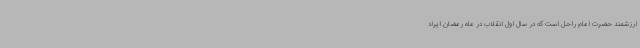
ارزشمند حضرت امام راحل است که در سال اول انقلاب در ماه رمضان ایراد